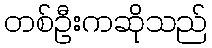
တစ်ဦးကဆိုသည်